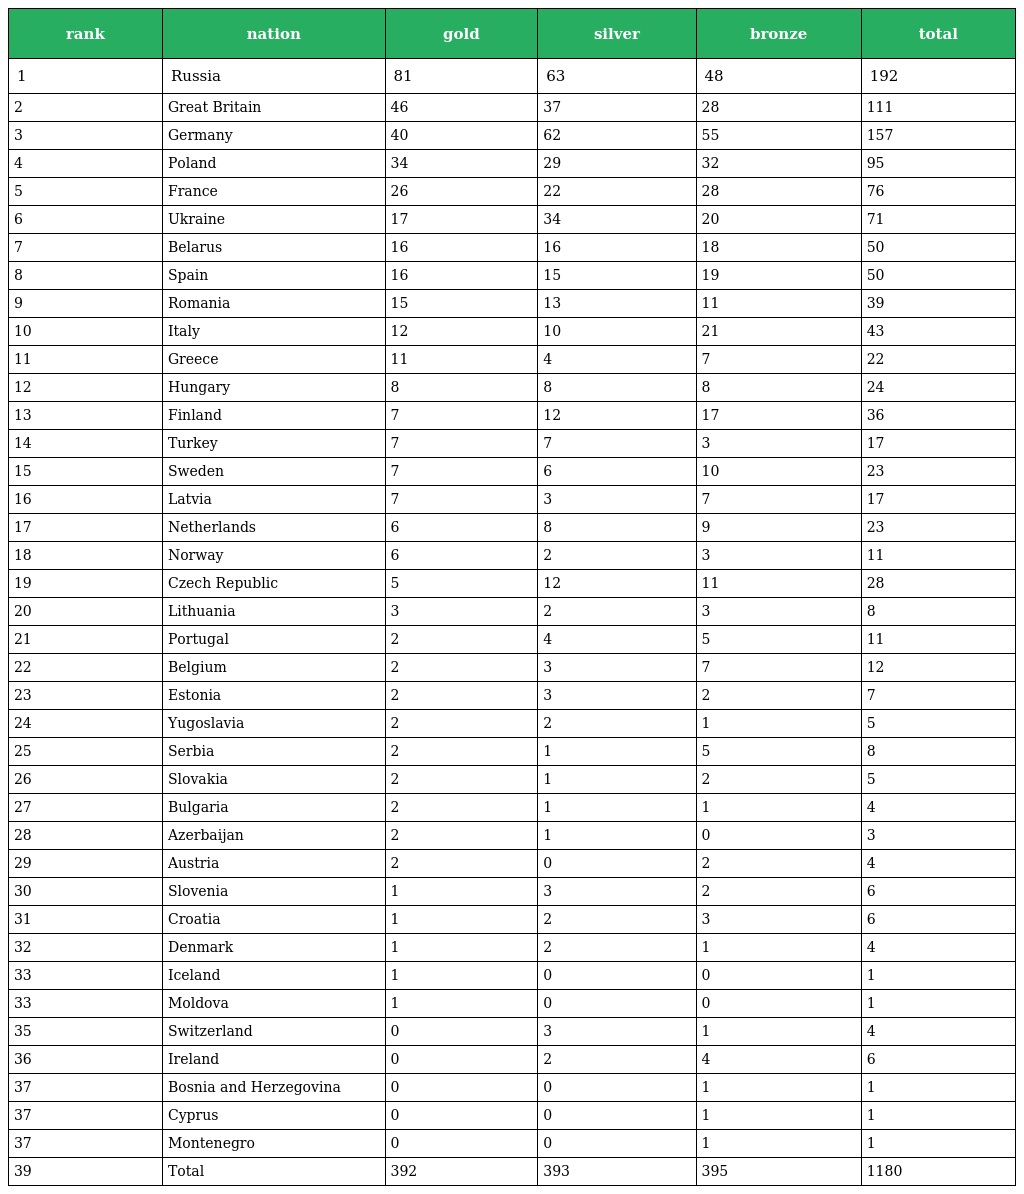
| rank | nation | gold | silver | bronze | total |
 | --- | --- | --- | --- | --- | --- |
 | 1 | Russia | 81 | 63 | 48 | 192 |
 | 2 | Great Britain | 46 | 37 | 28 | 111 |
 | 3 | Germany | 40 | 62 | 55 | 157 |
 | 4 | Poland | 34 | 29 | 32 | 95 |
 | 5 | France | 26 | 22 | 28 | 76 |
 | 6 | Ukraine | 17 | 34 | 20 | 71 |
 | 7 | Belarus | 16 | 16 | 18 | 50 |
 | 8 | Spain | 16 | 15 | 19 | 50 |
 | 9 | Romania | 15 | 13 | 11 | 39 |
 | 10 | Italy | 12 | 10 | 21 | 43 |
 | 11 | Greece | 11 | 4 | 7 | 22 |
 | 12 | Hungary | 8 | 8 | 8 | 24 |
 | 13 | Finland | 7 | 12 | 17 | 36 |
 | 14 | Turkey | 7 | 7 | 3 | 17 |
 | 15 | Sweden | 7 | 6 | 10 | 23 |
 | 16 | Latvia | 7 | 3 | 7 | 17 |
 | 17 | Netherlands | 6 | 8 | 9 | 23 |
 | 18 | Norway | 6 | 2 | 3 | 11 |
 | 19 | Czech Republic | 5 | 12 | 11 | 28 |
 | 20 | Lithuania | 3 | 2 | 3 | 8 |
 | 21 | Portugal | 2 | 4 | 5 | 11 |
 | 22 | Belgium | 2 | 3 | 7 | 12 |
 | 23 | Estonia | 2 | 3 | 2 | 7 |
 | 24 | Yugoslavia | 2 | 2 | 1 | 5 |
 | 25 | Serbia | 2 | 1 | 5 | 8 |
 | 26 | Slovakia | 2 | 1 | 2 | 5 |
 | 27 | Bulgaria | 2 | 1 | 1 | 4 |
 | 28 | Azerbaijan | 2 | 1 | 0 | 3 |
 | 29 | Austria | 2 | 0 | 2 | 4 |
 | 30 | Slovenia | 1 | 3 | 2 | 6 |
 | 31 | Croatia | 1 | 2 | 3 | 6 |
 | 32 | Denmark | 1 | 2 | 1 | 4 |
 | 33 | Iceland | 1 | 0 | 0 | 1 |
 | 33 | Moldova | 1 | 0 | 0 | 1 |
 | 35 | Switzerland | 0 | 3 | 1 | 4 |
 | 36 | Ireland | 0 | 2 | 4 | 6 |
 | 37 | Bosnia and Herzegovina | 0 | 0 | 1 | 1 |
 | 37 | Cyprus | 0 | 0 | 1 | 1 |
 | 37 | Montenegro | 0 | 0 | 1 | 1 |
 | 39 | Total | 392 | 393 | 395 | 1180 |